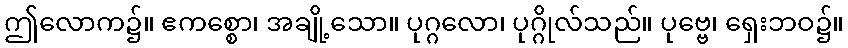
ဤလောက၌။ ဧကစ္စော၊ အချို့သော။ ပုဂ္ဂလော၊ ပုဂ္ဂိုလ်သည်။ ပုဗ္ဗေ၊ ရှေးဘဝ၌။